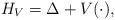
LaTeX: \begin{align*}H_{V}= \Delta + V(\cdot),\end{align*}